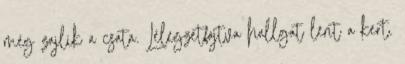
még zajlik a csata. Lélegzetfojtva hallgat lent a kert.